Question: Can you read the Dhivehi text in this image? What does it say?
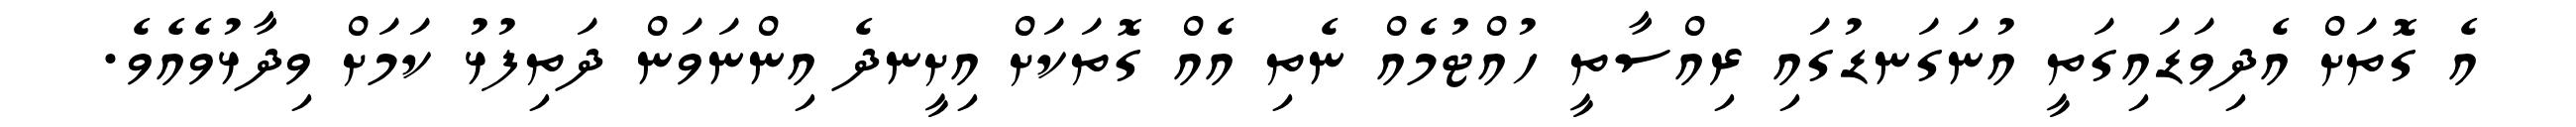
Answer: އެ ގޮތަށް އެދިވަޑައިގަތީ އުނަގަނޑުގައި ރިއްސާތީ ހުއްޓުމެއް ނެތި އެއް ގޮތަކަށް އިށީނދެ އިންނަވަން ދަތިފުޅު ކަމަށް ވިދާޅުވެއެވެ.